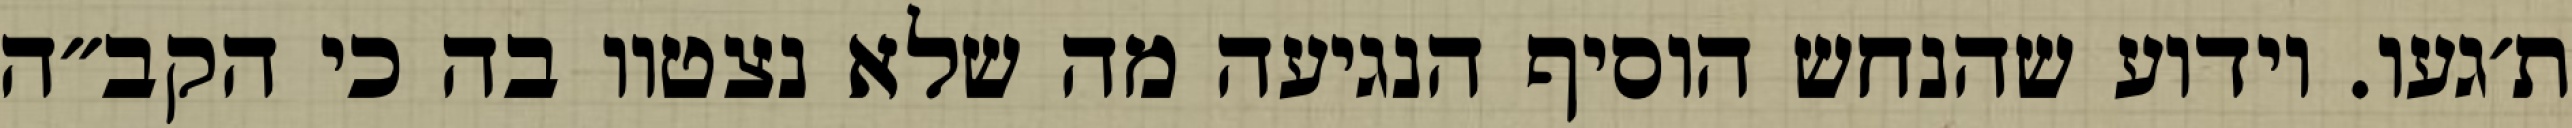
ת׳געו. וידוע שהנחש הוסיף הנגיעה מה שלא נצטוו בה כי הקב״ה